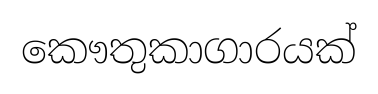
කෞතුකාගාරයක්